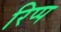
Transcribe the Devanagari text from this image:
रिप्प